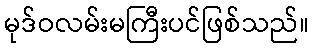
မုဒ်ဝလမ်းမကြီးပင်ဖြစ်သည်။